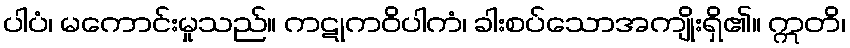
ပါပံ၊ မကောင်းမှုသည်။ ကဋုကဝိပါကံ၊ ခါးစပ်သောအကျိုးရှိ၏။ ဣတိ၊